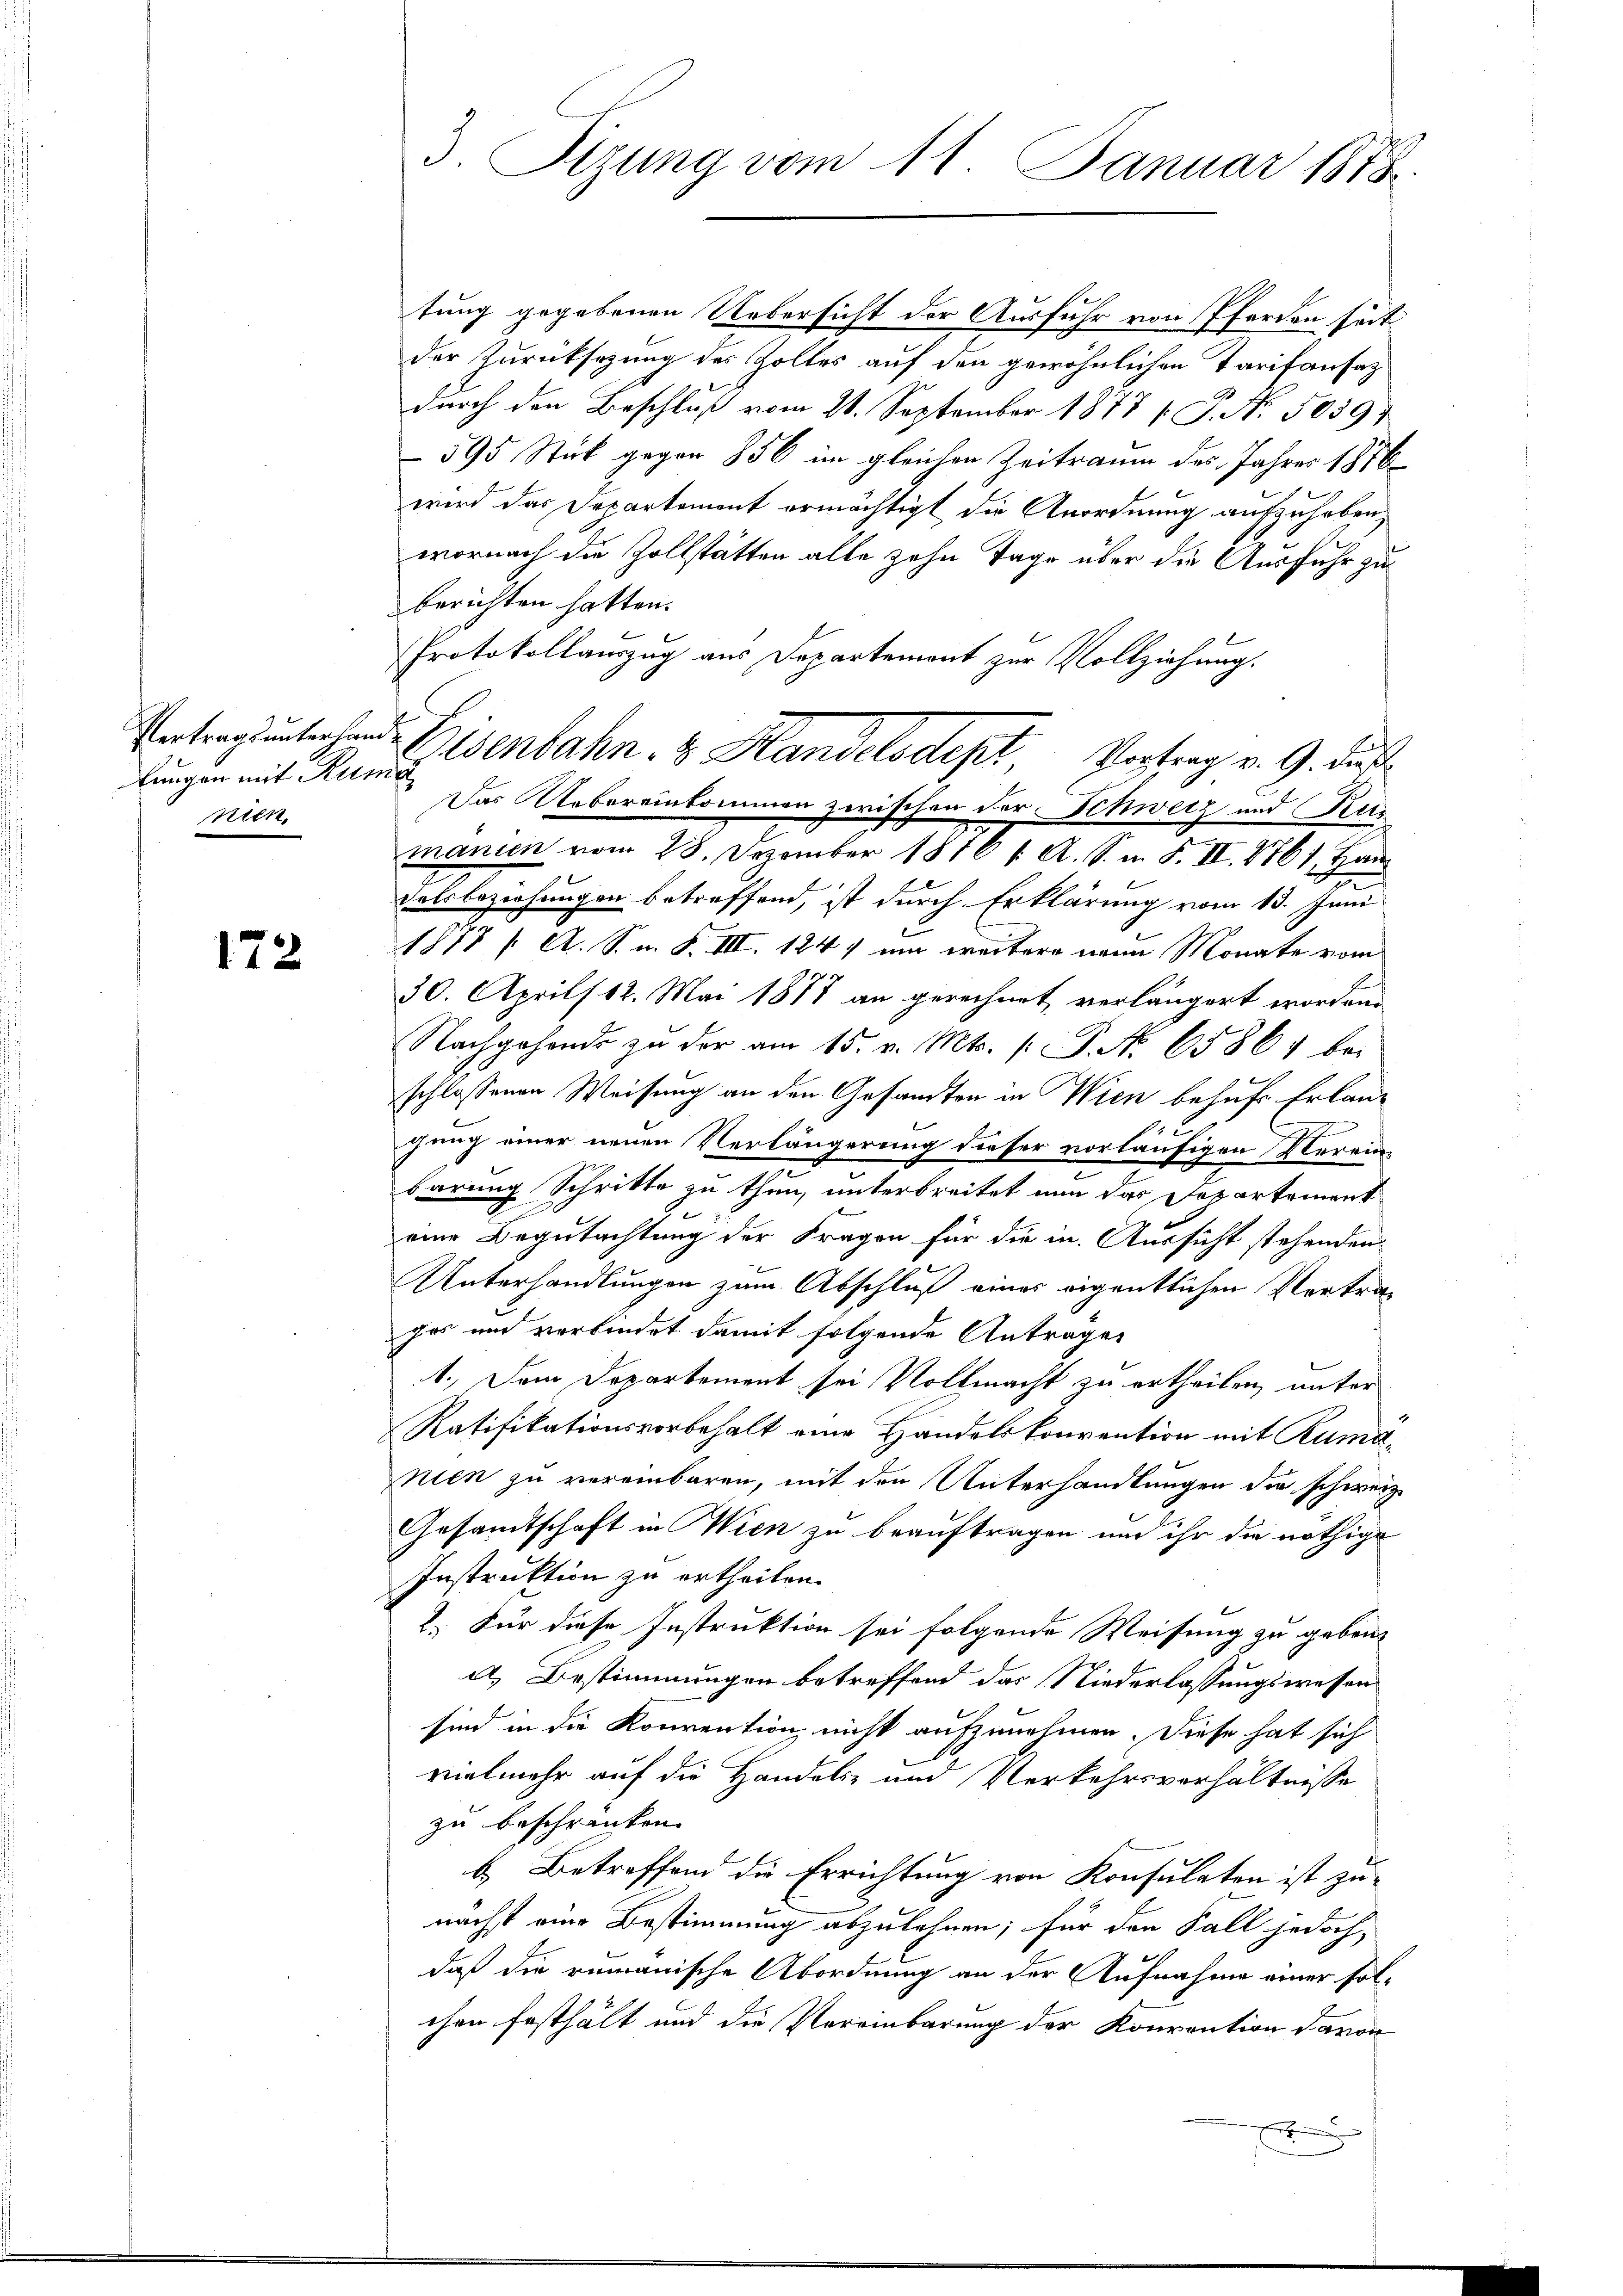
lungen mit Ruma
nien.

172

tung gegebenen Uebersicht der Ausfuhr von Pferden seit
der Zurücksezung des Zolles auf den gewöhnlichen Tarifansaz
durch den Beschluß vom 21. September 1877 [ P. Nr. 5059)
595 Stück gegen 856 im gleichen Zeitraum des Jahres 1876
wird das Departement ermächtigt die Anordnung aufzuheben,
wornach die Zollstätten alle zehn Tage über die Ausfuhr zu
berichten hatten.
Protokollauszug aus Departement zur Vollziehung.
e
delsbeziehungen betreffend, ist durch Erklärung vom 13. Juni
1878 / A. S. n. F. III. 184) um weitere neun Monate vom
30. April 12. Mai 1877 an gerechnet, verlängert worden.
Nachgehende zŭ der am 15. v. Mts. (: P. Nr. 65864 be-
schlossenen Weisung an den Gesandten in Wien behufs Erlau¬
.
t
gung einer neuen Verlängerung dieser vorläufigen Verein-
barung Schritte zu thun, unterbreitet nun das Departement
eine Begutachtung der Fragen für die in Aussicht stehenden
Unterhandlungen zum Abschluß eines eigentlichen Vertrag
ges und verbindet damit folgende Antrages
1.) Dem Departement sei Vollmacht zu ertheilen, unter
Ratifikationsvorbehalt eine Handelskonvention mit Rumanien zu vereinbaren, mit den Unterhandlungen die schweiz.
Gesamtschaft in Wien zu beauftragen und ihr die nöthige
Instruktion zu ertheilen.
2. Für diese Instruktion sei folgende Weisung zu geben.
a) Bestimmungen betreffend das Niederlassungswesen
sind in die Konvention nicht aufzunehmen. Diese hat sich
vielmehr auf die Handels- und Verkehrsverhältnisse
zu beschränken.
b. Betreffend die Errichtung von Konsulaten ist zu-
nächst eine Bestimmung abzulehnen; für den Fall jedoch,
daß die rumänische Abordnung an der Aufnahme einer solchen festhält und die Vereinbarung der Konvention davon
x

3. Sizung vom 11. Januar 1878.

Vertragunterhand Eisenbahn & Handelsdept Vortrag v. 9. dur
Das Uebereinkommen zwischen der Schweiz und Kur
manien vom 28. Dezember 1810 1. A. S. i. S. II. 1761, Han¬